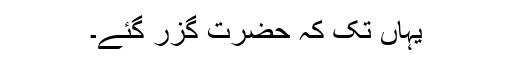
یہاں تک کہ حضرت گزر گئے۔